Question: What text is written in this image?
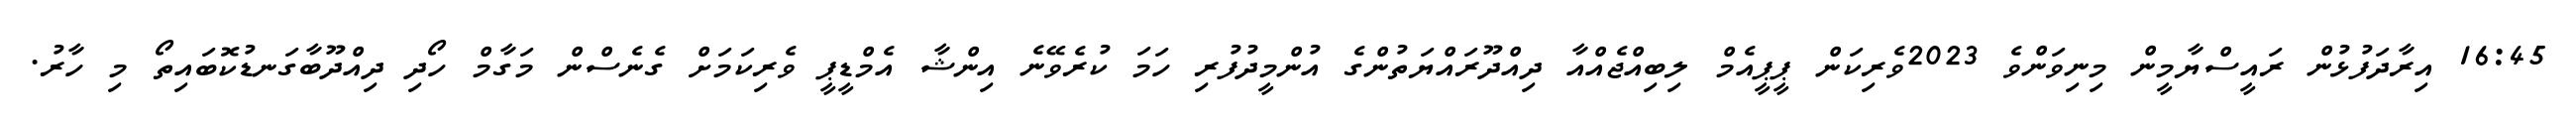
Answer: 16:45 އިރާދަފުޅުން ރައީސްޔާމީން މިނިވަންވެ 2023ވެރިކަން ޕީޕީއެމް ލިބިއްޖެއްއާ ދިއްދޫރައްޔަތުންގެ އުންމީދުފުރި ހަމަ ކުރެވޭނެ އިންޝާ އެމްޑީޕީ ވެރިކަމަށް ގެނެސްން މަގާމް ހޯދި ދިއްދޫބާގަނޑުކޮބައިތޯ މި ހާރު.